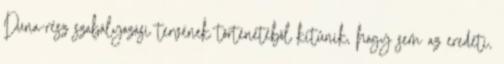
Duna-rész szabályozási tervének történetébõl kitûnik, hogy sem az eredeti,